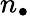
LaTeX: n_{\bullet}